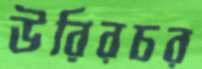
উরিরচর